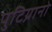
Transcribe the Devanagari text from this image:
पुटिग्नानो